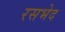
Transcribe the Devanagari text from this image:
रसभेद